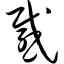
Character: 感